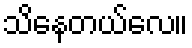
သိနေတယ်လေ။